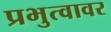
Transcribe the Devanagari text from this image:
प्रभुत्वावर